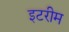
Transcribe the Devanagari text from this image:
इटरीम